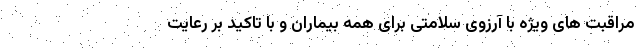
مراقبت های ویژه با آرزوی سلامتی برای همه بیماران و با تاکید بر رعایت